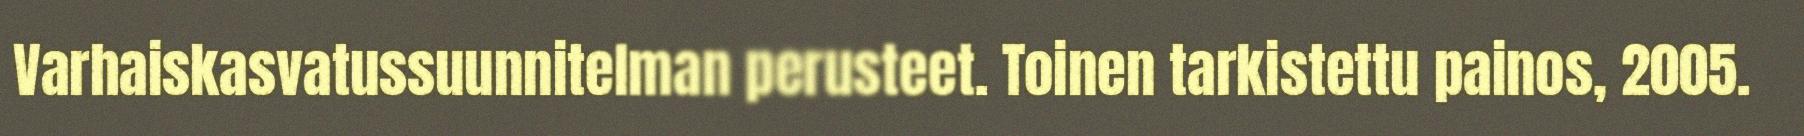
Varhaiskasvatussuunnitelman perusteet. Toinen tarkistettu painos, 2005.